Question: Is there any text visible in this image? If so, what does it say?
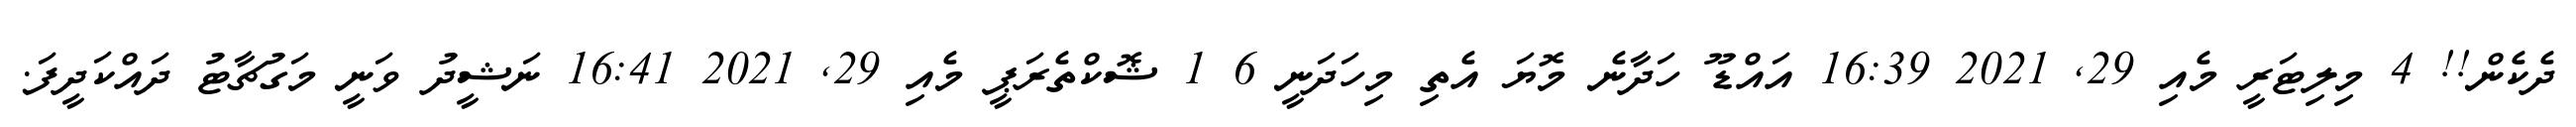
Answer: ދެކެން!! 4 މިލިޓަރީ މެއި 29, 2021 16:39 އައްޑޫ ހަދާނެ މޮޔަ އެތި މިހަދަނީ 6 1 ޝޮކްތެރަޕީ މެއި 29, 2021 16:41 ނަޝީދު ވަނީ މަގުޗާޓު ދައްކަދީފަ.